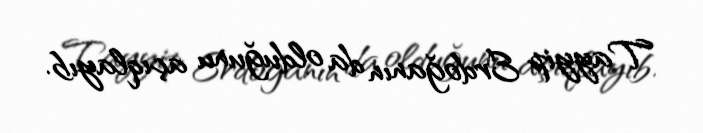
Tayyip Erdoğanın da olduğunu açıqlayıb.